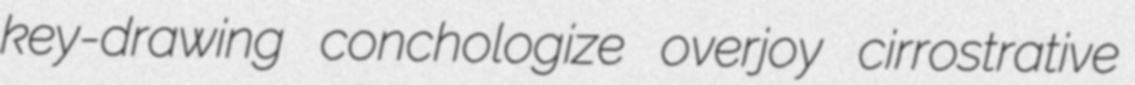
key-drawing conchologize overjoy cirrostrative